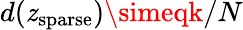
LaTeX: d(\mathit{z}_{\mathrm{{sparse}}})\simeqk/N